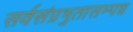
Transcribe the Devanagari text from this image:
सर्वसंप्रभुतासम्पन्न